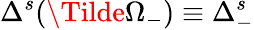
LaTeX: \Delta^{s}(\Tilde{\Omega}_{-})\equiv\Delta_{-}^{s}